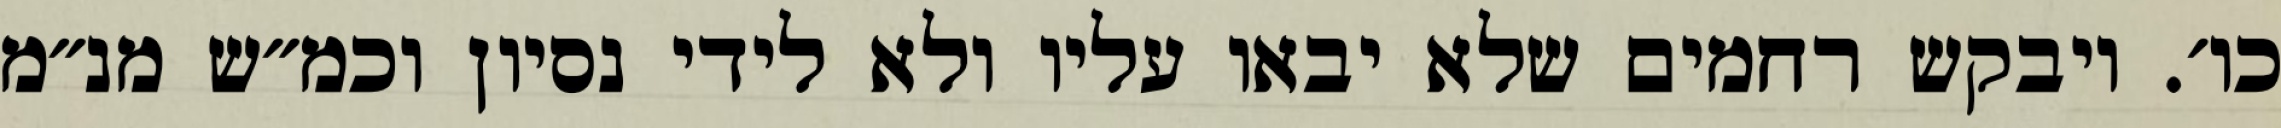
כו׳. ויבקש רחמים שלא יבאו עליו ולא לידי נסיון וכמ״ש מנ״מ